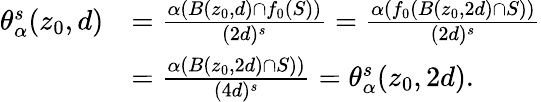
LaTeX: \begin{array}{rl}{\theta_{\alpha}^{s}(z_{0},d)}&{=\frac{\alpha(B(z_{0},d)\cap f_{0}(S))}{(2d)^{s}}=\frac{\alpha(f_{0}(B(z_{0},2d)\cap S))}{(2d)^{s}}}\\ &{=\frac{\alpha(B(z_{0},2d)\cap S))}{(4d)^{s}}=\theta_{\alpha}^{s}(z_{0},2d).}\end{array}